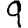
Digit: 9